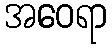
အဝေရာ